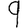
Digit: 9